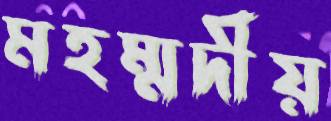
মহম্মদীয়